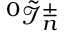
{ ^ 0 \tilde { \mathcal { I } } _ { n } ^ { \pm } }